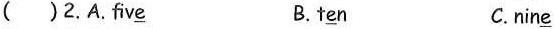
( ) 2.A.fiv\underline{e} B. t\underline{e}n C.nin\underline{e}